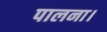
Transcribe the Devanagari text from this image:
पालना।